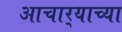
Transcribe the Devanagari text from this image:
आचार्‍याच्या